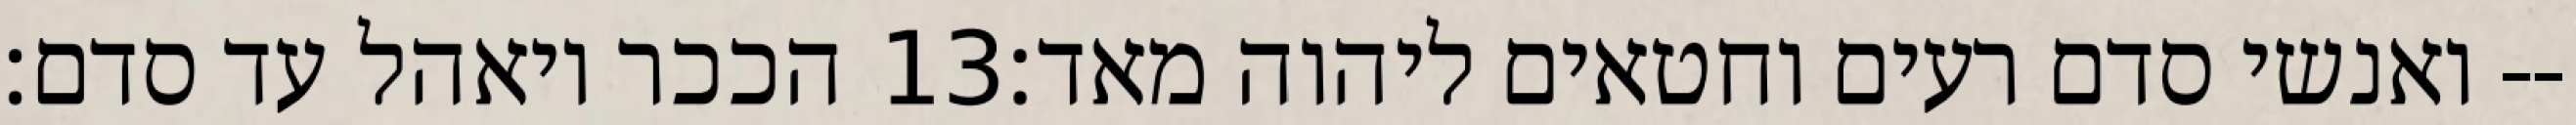
הככר ויאהל עד סדם׃ ‎13‏ ואנשי סדם רעים וחטאים ליהוה מאד׃--